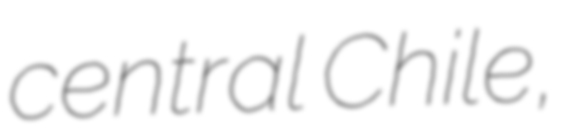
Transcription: central Chile,